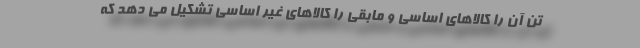
تن آن را کالاهای اساسی و مابقی را کالاهای غیر اساسی تشکیل می دهد که